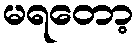
မရတော့